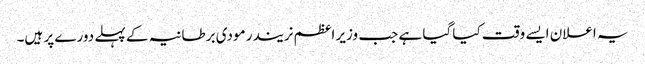
یہ اعلان ایسے وقت کیا گیا ہے جب وزیر اعظم نریندر مودی برطانیہ کے پہلے دورے پر ہیں۔